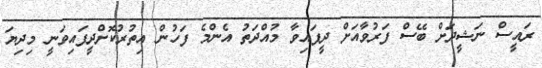
ރައީސް ނަޝީދަށް ބޭސް ފަރުވާއަށް ދީފައިވާ މުއްދަތު އެންމެ ފަހުން އިތުރުކޮށްދީފައިވަނީ މިދިޔަ